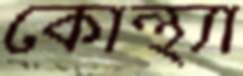
কোন্থ্যা